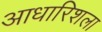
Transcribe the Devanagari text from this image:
आधारिशला